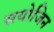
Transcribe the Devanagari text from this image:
सयोजिन